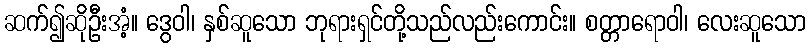
ဆက်၍ဆိုဦးအံ့။ ဒွေဝါ၊ နှစ်ဆူသော ဘုရားရှင်တို့သည်လည်းကောင်း။ စတ္တာရောဝါ၊ လေးဆူသော